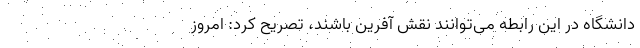
دانشگاه در این رابطه می‌توانند نقش آفرین باشند، تصریح کرد: امروز